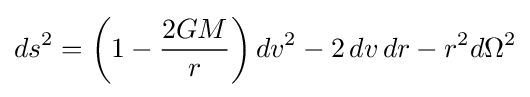
ds^{2}=\left(1-{\frac {2GM}{r}}\right)dv^{2}-2\,dv\,dr-r^{2}d\Omega ^{2}